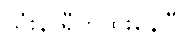
သုံးနာရီကထိုးနေပြီ။